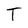
Character: T